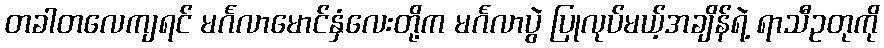
တခါတလေကျရင် မင်္ဂလာမောင်နှံလေးတို့က မင်္ဂလာပွဲ ပြုလုပ်မယ့်အချိန်ရဲ့ ရာသီဥတုကို